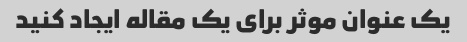
یک عنوان موثر برای یک مقاله ایجاد کنید